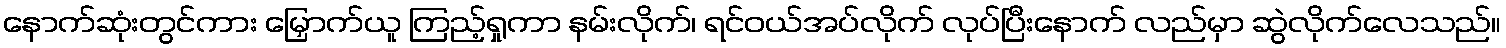
နောက်ဆုံးတွင်ကား မြှောက်ယူ ကြည့်ရှုကာ နမ်းလိုက်၊ ရင်ဝယ်အပ်လိုက် လုပ်ပြီးနောက် လည်မှာ ဆွဲလိုက်လေသည်။